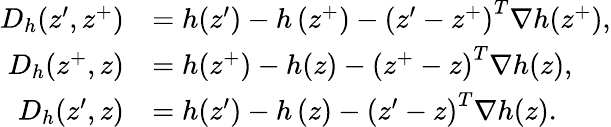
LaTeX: \begin{array}{rl}{D_{h}(z^{\prime},z^{+})}&{=h(z^{\prime})-h\left(z^{+}\right)-\left(z^{\prime}-z^{+}\right)^{T}\nabla h(z^{+}),}\\ {D_{h}(z^{+},z)}&{=h(z^{+})-h(z)-\left(z^{+}-z\right)^{T}\nabla h(z),}\\ {D_{h}(z^{\prime},z)}&{=h(z^{\prime})-h\left(z\right)-\left(z^{\prime}-z\right)^{T}\nabla h(z).}\end{array}